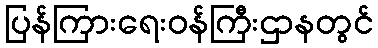
ပြန်ကြားရေးဝန်ကြီးဌာနတွင်